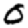
Digit: 0